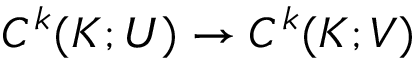
C ^ { k } ( K ; U ) \to C ^ { k } ( K ; V )